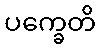
ပက္ခေတိ